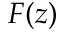
F ( z )